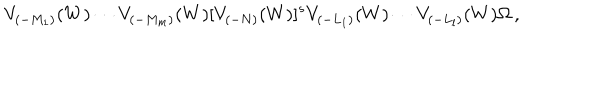
V _ { ( - M _ { 1 } ) } ( W ) \cdots V _ { ( - M _ { m } ) } ( W ) [ V _ { ( - N ) } ( W ) ] ^ { s } V _ { ( - L _ { 1 } ) } ( W ) \cdots V _ { ( - L _ { l } ) } ( W ) \Omega \, ,